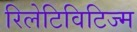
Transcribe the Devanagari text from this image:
रिलेटिविटिज्म